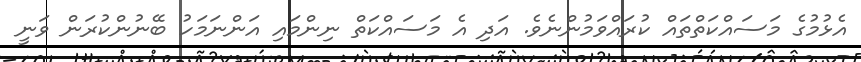
އެޅުމުގެ މަސައްކަތްތައް ކުރައްވަމުންނެވެ. އަދި އެ މަސައްކަތް ނިންމައި އަންނަމަހު ބޭނުންކުރަން ވަނީ